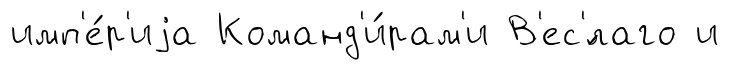
имп'е́р'иjа Команд'и́рам'и В'ес'́лаго и